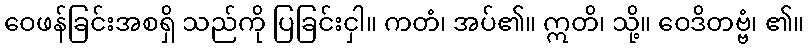
ဝေဖန်ခြင်းအစရှိ သည်ကို ပြခြင်းငှါ။ ကတံ၊ အပ်၏။ ဣတိ၊ သို့။ ဝေဒိတဗ္ဗံ၊ ၏။